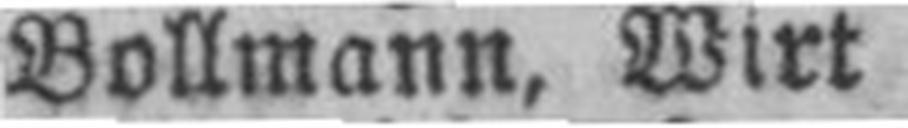
Bollmann, Wirt